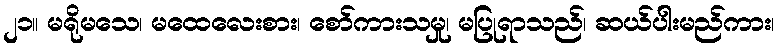
၂၁။ မရိုမသေ၊ မထေလေးစား၊ စော်ကားသမှု၊ မပြုရာသည်၊ ဆယ်ပါးမည်ကား၊